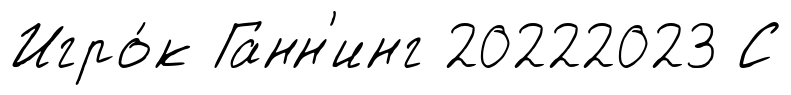
Игро́к Ганн'инг 20222023 С